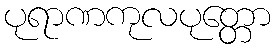
ပုရာဏကုလပုတ္တော